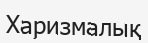
Харизмалық